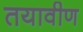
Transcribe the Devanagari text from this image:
तयावीण